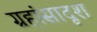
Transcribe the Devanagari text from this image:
ग्रहांसादृश